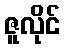
ဇူလိုင်